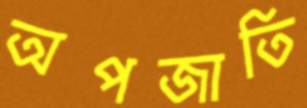
অপজাতি